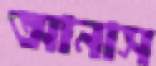
আনাস